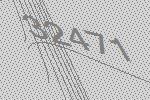
32471